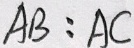
A B : A C